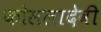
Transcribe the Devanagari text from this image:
कोसलादेवी